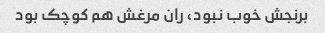
برنجش خوب نبود، ران مرغش هم کوچک بود